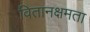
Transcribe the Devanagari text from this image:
वितानक्षमता